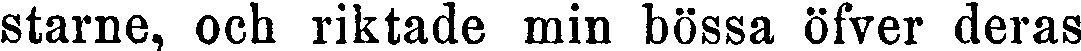
starne, och riktade min bössa öfver deras